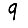
Digit: 9